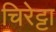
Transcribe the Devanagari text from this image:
चिरेट्टा